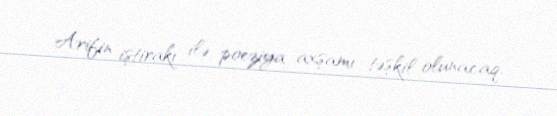
Arifin iştirakı ilə poeziya axşamı təşkil olunacaq.